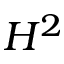
H ^ { 2 }